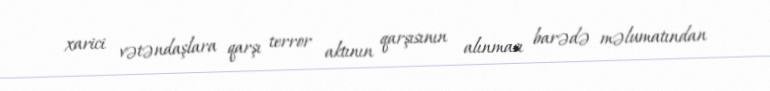
xarici vətəndaşlara qarşı terror aktının qarşısının alınması barədə məlumatından